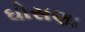
ઘોસણા